Indian journal of veterinary science and animal husbandry - Volume 6,
Year: 1936
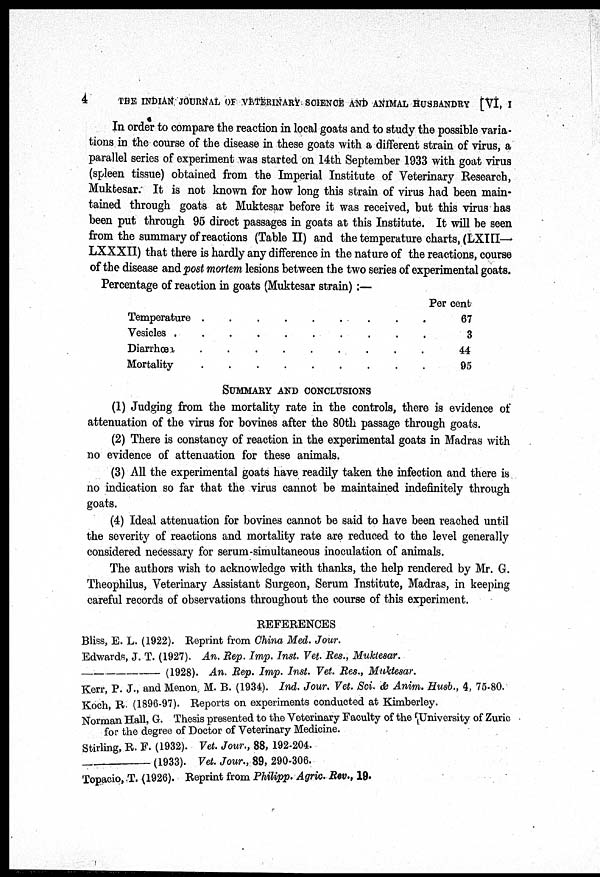
4
THE
INDIAN JOURNAL OF VETERINARY SCIENCE AND ANIMAL HUSBANDRY [VI, I
In order to compare the reaction in local goats and to study the possible varia-
tions in the course of the disease in these goats with a different strain of virus, a
parallel series of experiment was started on 14th September 1933 with goat virus
(spleen tissue) obtained from the Imperial Institute of Veterinary Research,
Muktesar. It is not known for how long this strain of virus had been main-
tained through goats at Muktesar before it was received, but this virus has
been put through 95 direct passages in goats at this Institute. It will be seen
from the summary of reactions (Table II) and the temperature charts, (LXIII—
LXXXII) that there is hardly any difference in the nature of the reactions, course
of the disease and post mortem lesions between the two series of experimental goats.
Percentage of reaction in goats (Muktesar strain) :—
Temperature . . . . . . . . .
Vesicles . . . . . . . . . .
Diarrhœa . . . . . . . . .
Mortality . . . . . . . . .
Per cent
67
3
44
95
SUMMARY AND CONCLUSIONS
(1) Judging from the mortality rate in the controls, there is evidence of
attenuation of the virus for bovines after the 80th passage through goats.
(2) There is constancy of reaction in the experimental goats in Madras with
no evidence of attenuation for these animals.
(3) All the experimental goats have readily taken the infection and there is
no indication so far that the virus cannot be maintained indefinitely through
goats.
(4) Ideal attenuation for bovines cannot be said to have been reached until
the severity of reactions and mortality rate are reduced to the level generally
considered necessary for serum-simultaneous inoculation of animals.
The authors wish to acknowledge with thanks, the help rendered by Mr. G.
Theophilus, Veterinary Assistant Surgeon, Serum Institute, Madras, in keeping
careful records of observations throughout the course of this experiment.
REFERENCES
Bliss, E. L. (1922). Reprint from China Med. Jour.
Edwards, J. T. (1927). An. Rep. Imp. Inst. Vet. Res., Muktesar.
—
(1928). An. Rep. Imp. Inst. Vet. Res., Muktesar.
Kerr, P. J., and Menon M. B. (1934). Ind. Jour. Vet. Sci. & Anim. Husb., 4, 75-80.
Koch, R. (1896-97). Reports on experiments conducted at Kimberley.
Norman Hall, G. Thesis presented to the Veterinary Faculty of the University of Zuric
for the degree of Doctor of Veterinary Medicine.
Stirling, R. F. (1932). Vet. Jour., 88, 192-204.
—
(1933). Vet. Jour., 89, 290-306.
Topacio, T. (1926). Reprint from Philipp. Agric. Rev., 19.